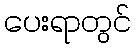
ပေးရာတွင်